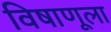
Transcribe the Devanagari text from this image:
विषाणूला